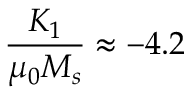
\frac { K _ { 1 } } { \mu _ { 0 } M _ { s } } \approx - 4 . 2